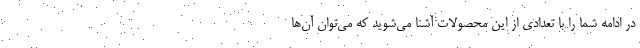
در ادامه شما را با تعدادی از این محصولات آشنا می‌شوید که می‌توان آن‌ها